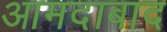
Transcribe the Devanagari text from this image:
आमदाबाद